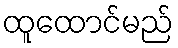
ထူထောင်မည်